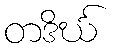
တဒိင်္ဃ